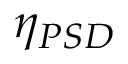
\eta _ { P S D }